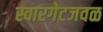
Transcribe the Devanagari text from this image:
स्वारगेटजवळ